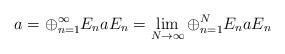
LaTeX: \begin{align*}a=\oplus_{n=1}^\infty E_n a E_n=\lim_{N\to\infty}\oplus_{n=1}^N E_n a E_n\end{align*}